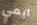
ايمي